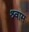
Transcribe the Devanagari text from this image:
श्र्वास